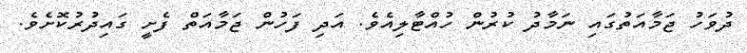
ދުވަހު ޖަމާއަތުގައި ނަމާދު ކުރުން ހުއްޓާލިއެވެ. އަދި ފަހުން ޖަމާއަތް ފެށީ ގައިދުރުކޮށެވެ.